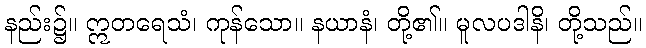
နည်း၌။ ဣတရေသံ၊ ကုန်သော။ နယာနံ၊ တို့၏။ မူလပဒါနိ၊ တို့သည်။